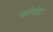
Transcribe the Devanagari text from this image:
फ्लेचेट